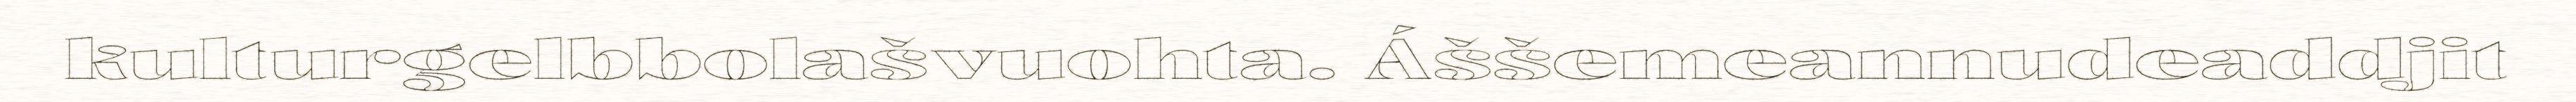
kulturgelbbolašvuohta. Áššemeannudeaddjit